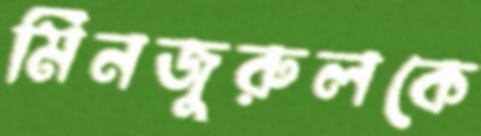
মিনজুরুলকে